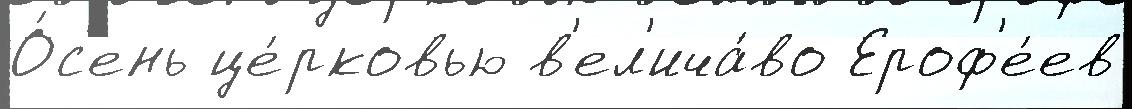
О́с'ень це́рковью в'ел'ича́во Ероф'е́ев